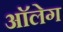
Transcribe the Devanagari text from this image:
आॅलेग